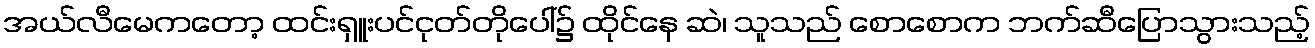
အယ်လီမေကတော့ ထင်းရှူးပင်ငုတ်တိုပေါ်၌ ထိုင်နေ ဆဲ၊ သူသည် စောစောက ဘက်ဆီပြောသွားသည့်